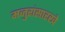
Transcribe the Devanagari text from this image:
मजुरांसारखे